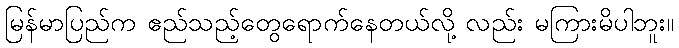
မြန်မာပြည်က ဧည်သည့်တွေရောက်နေတယ်လို့ လည်း မကြားမိပါဘူး။